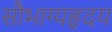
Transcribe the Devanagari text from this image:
सौभाग्यहृदय